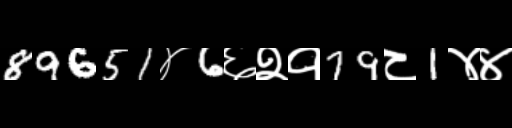
Text: 89651४6६२१79८1४४